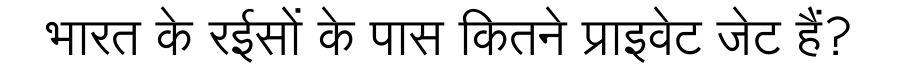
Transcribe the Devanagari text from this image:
भारत के रईसों के पास कितने प्राइवेट जेट हैं?